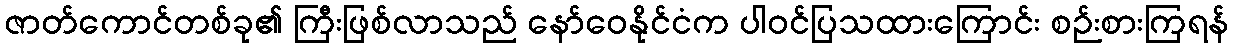
ဇာတ်ကောင်တစ်ခု၏ ကြီးဖြစ်လာသည် နော်ဝေနိုင်ငံက ပါဝင်ပြသထားကြောင်း စဉ်းစားကြရန်